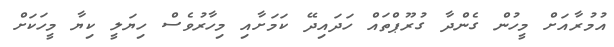
އުމުރާއަށް މީހުން ގެންދާ ގުރޫޕްތައް ހަދައިދޭ ކަމަށާއި މިހާރުވެސް ހިޔަލީ ކިޔާ މީހަކަށް